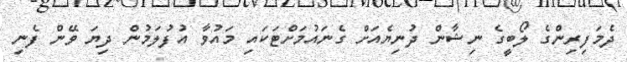
ދެމަފިރިންގެ ލޯބީގެ ނިޝާން ދުނިޔެއަށް ގެނައުމަށްޓަކައި މައުވާ އުފުލަމުން ދިޔަ ވޭން ފެނި